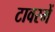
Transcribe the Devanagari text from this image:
टावरमें